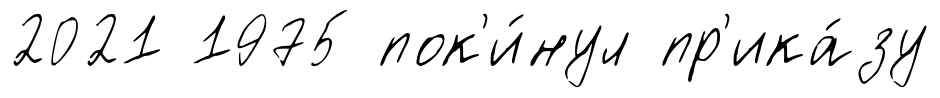
2021 1975 пок'и́нул пр'ика́зу